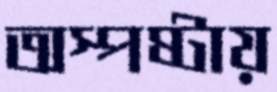
অস্পষ্টায়